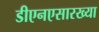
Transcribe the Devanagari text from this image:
डीएनएसारख्या